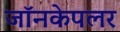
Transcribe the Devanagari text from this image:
जॉनकेपलर